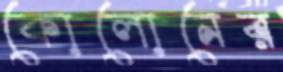
কোলোনের